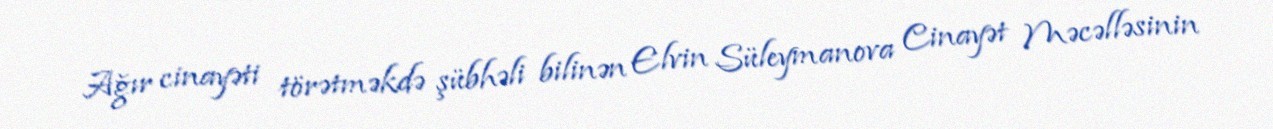
Ağır cinayəti törətməkdə şübhəli bilinən Elvin Süleymanova Cinayət Məcəlləsinin